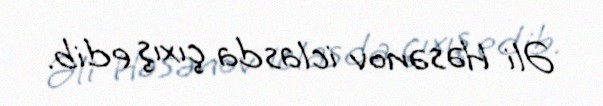
Əli Həsənov iclasda çıxış edib.